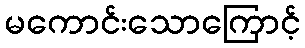
မကောင်းသောကြောင့်